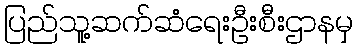
ပြည်သူ့ဆက်ဆံရေးဦးစီးဌာနမှ